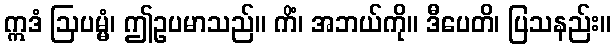
ဣဒံ ဩပမ္မံ၊ ဤဥပမာသည်။ ကိံ၊ အဘယ်ကို။ ဒီပေတိ၊ ပြသနည်း။